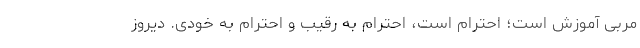
مربی آموزش است؛ احترام است، احترام به رقیب و احترام به خودی. دیروز